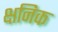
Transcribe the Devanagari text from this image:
क्षनिक